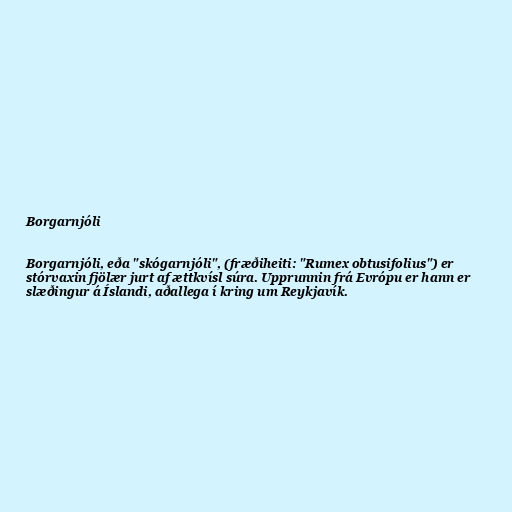
Borgarnjóli

Borgarnjóli, eða "skógarnjóli", (fræðiheiti: "Rumex obtusifolius") er
stórvaxin fjölær jurt af ættkvísl súra. Upprunnin frá Evrópu er hann er
slæðingur á Íslandi, aðallega í kring um Reykjavík.